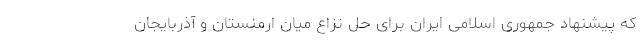
که پیشنهاد جمهوری اسلامی ایران برای حل نزاع میان ارمنستان و آذربایجان